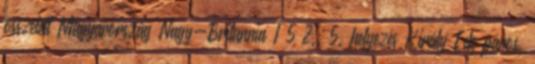
összetett Magyarország–Nagy-Britannia 1–5 2., 5. helyezés Király Ede páros,